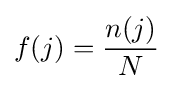
f(j)={\frac {n(j)}{N}}